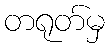
တရုတ်မှ